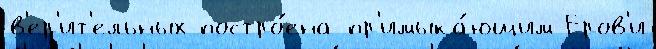
в'ер'ит'ельных постро́ена пр'имыка́ющим Еров'и